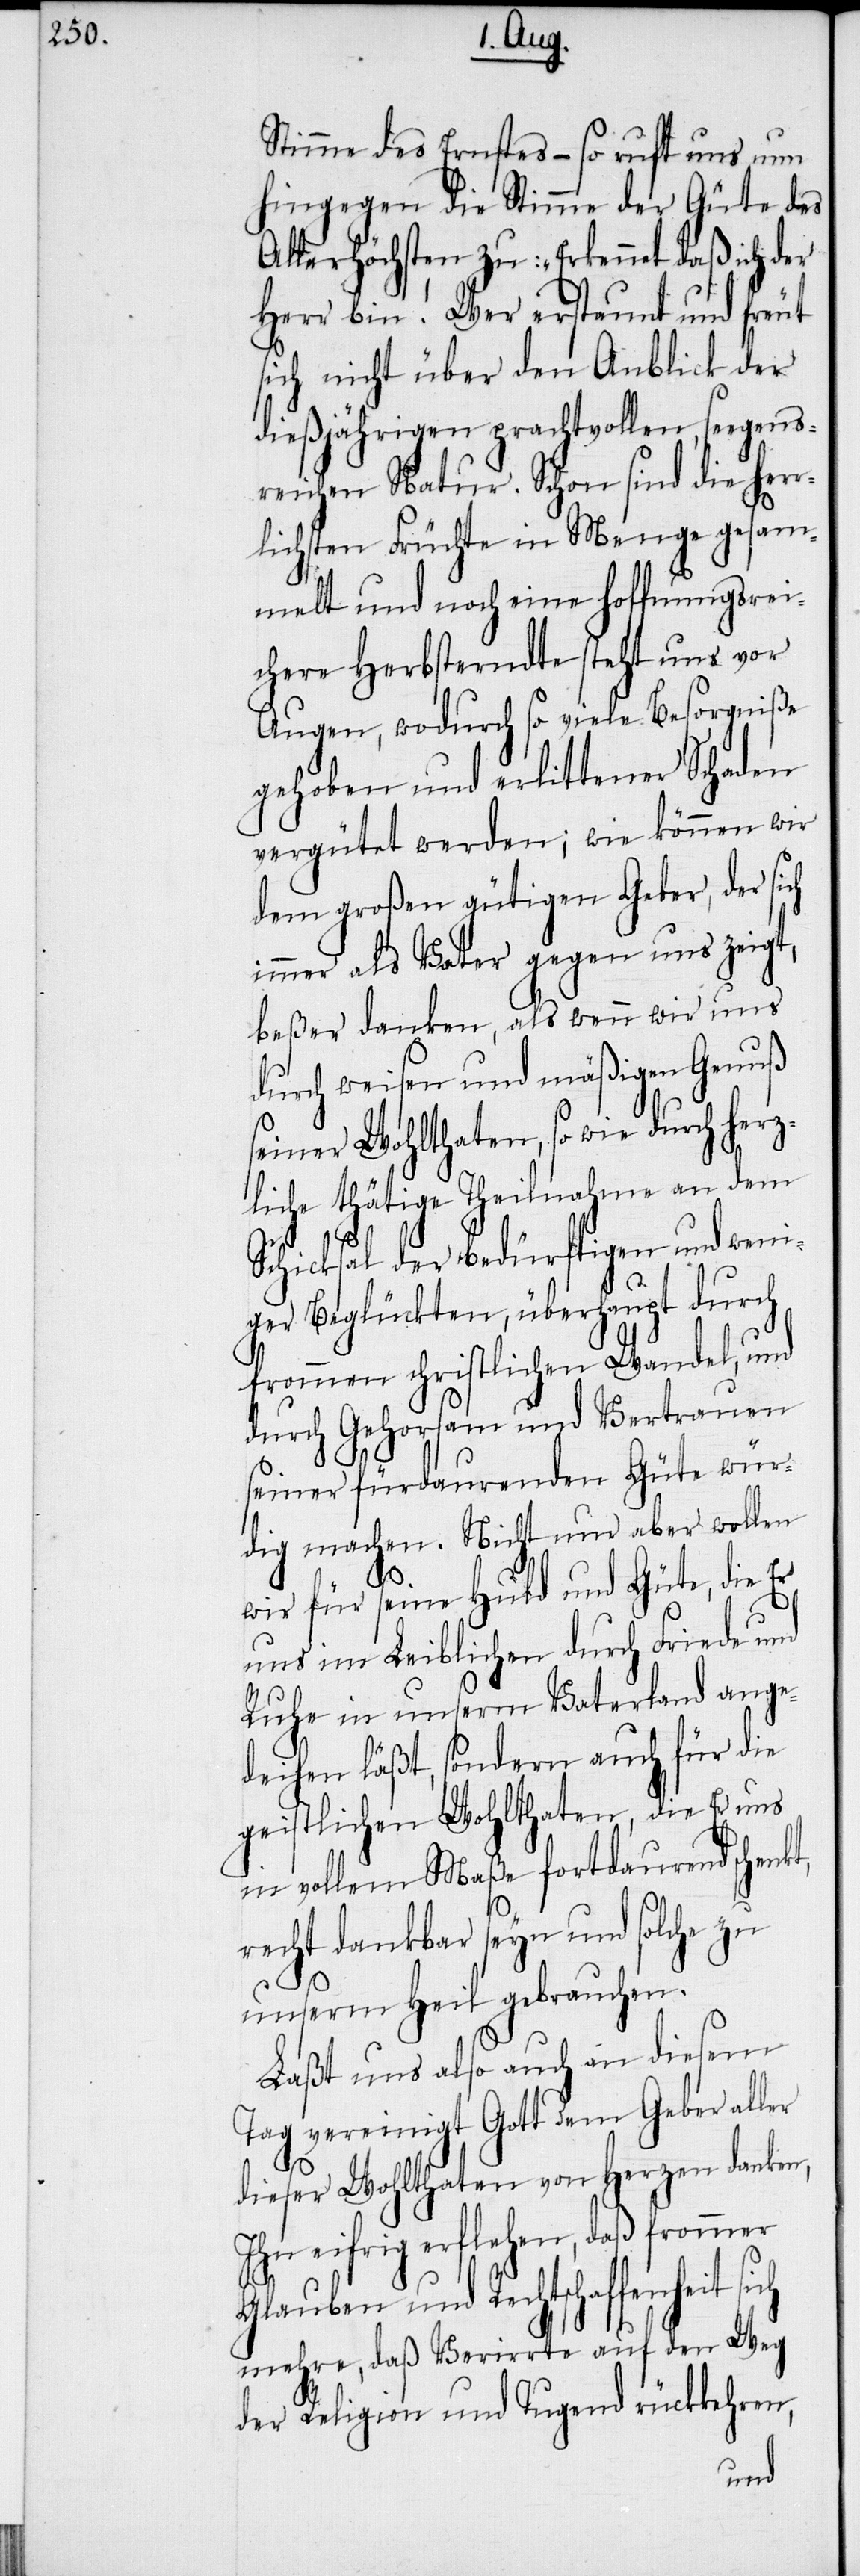
Stimme des Ernstes – so ruft uns nun
hingegen die Stimme der Güte des
Allerhöchsten zu: „Erkennet daß ich der
Herr bin! Wer erstaunt und freut
sich nicht über den Anblick der
dießjährigen prachtvollen, sorgens¬
reichen Natur. Schon sind die her¬
rlichsten Früchte in Menge gesam¬
melt und noch eine hoffnungsrei¬
chere Herbsterndte steht uns vor
Augen, wodurch so viele Besorgniße
gehoben und erlittener Schaden
vergütet werden; wie können wir
dem großen gütigen Geber, der sich
immer als Vater gegen uns zeigt,
beßer danken, als wenn wir uns
durch weisen und mäßigen Genuß
seiner Wohlthaten, so wie durch herz¬
liche thätige Theilnahme an dem
Schicksal der bedürftigen und weni¬
ger Beglückten, überhaupt durch
frommen christlichen Wandel, und
durch Gehorsam und Vertrauen
seiner fürdaurenden Güte wür¬
dig machen. Nicht nur aber wollen
wir für seine Huld und Güte, die Er
uns im Leiblichen durch Friede und
Ruhe in unserm Vaterland ange¬
deihen läßt, sondern auch für die
geistlichen Wohlthaten, die Er uns
in vollem Maße fortdaurend schenkt,
recht dankbar seyn und solche zu
unserm Heil gebrauchen.
Laßt uns also auch an diesem
Tag vereinigt Gott den Geber aller
dieser Wohlthaten von Herzen danken,
Ihn eifrig erflehen, daß frommer
Glauben und Rechtschaffenheit
mehre, daß Verirrte auf den Weg
der Religion und Tugend rückkehren,